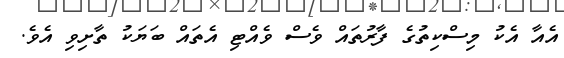
އެއާ އެކު މިސްކިތުގެ ފާރުތައް ވެސް ވެއްޓި އެތައް ބަޔަކު ތާށިވި އެވެ.